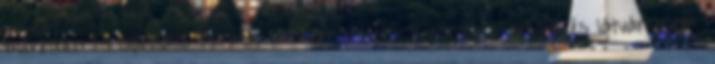
méretben és speciális formákban rendelhető. Különleges design és látványelem.